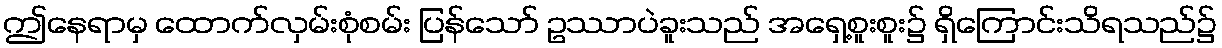
ဤနေရာမှ ထောက်လှမ်းစုံစမ်း ပြန်သော် ဥဿာပဲခူးသည် အရှေ့စူးစူး၌ ရှိကြောင်းသိရသည်၌